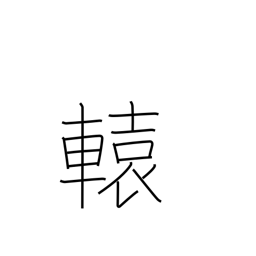
Meaning: shaft